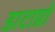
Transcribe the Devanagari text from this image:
डाटाप्रो